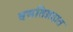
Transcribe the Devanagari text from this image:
वसतिग्रहात